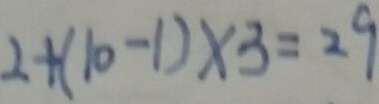
2 + ( 1 0 - 1 ) \times 3 = 2 9